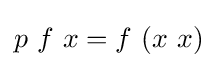
p\ f\ x=f\ (x\ x)